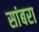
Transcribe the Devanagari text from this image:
सांबरा